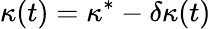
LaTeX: \kappa(t)=\kappa^{*}-\delta\kappa(t)